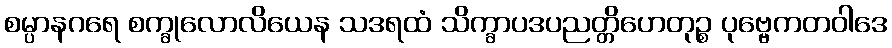
စမ္ပာနဂရေ စက္ခုလောလိယေန သဒရထံ သိက္ခာပဒပညတ္တိဟေတုဉ္စ ပုဗ္ဗေကတဝါဒေ